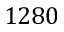
1 2 8 0